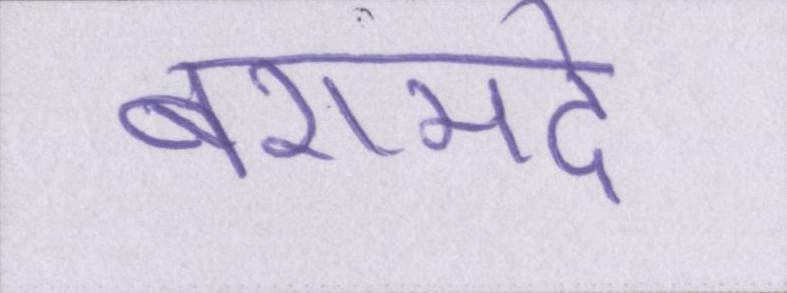
बरामदे